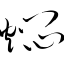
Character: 焖